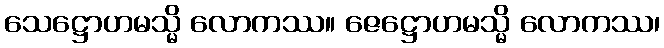
သေဋ္ဌောဟမသ္မိ လောကဿ။ ဇေဋ္ဌောဟမသ္မိ လောကဿ၊